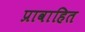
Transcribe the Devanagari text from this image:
प्रावाहित